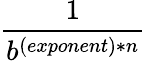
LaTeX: \frac{1}{b^{(exponent)*n}}